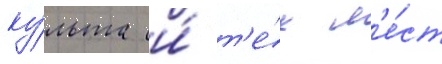
ку́льта и́ т'е́х м'е́ст